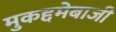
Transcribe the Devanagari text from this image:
मुकद्दमेबाजी